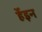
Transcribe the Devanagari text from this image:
र्हेइन